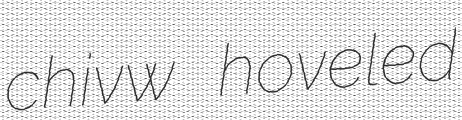
chivw hoveled